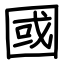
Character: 國